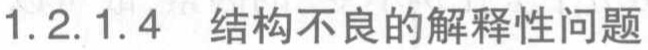
1.2.1.4 结构不良的解释性问题